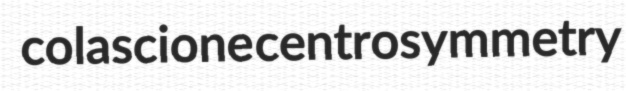
colascione centrosymmetry